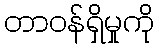
တာဝန်ရှိမှုကို